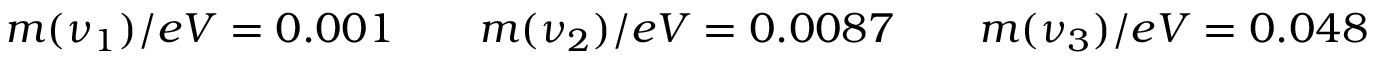
\begin{array} { r } { m ( \nu _ { 1 } ) / e V = 0 . 0 0 1 \qquad m ( \nu _ { 2 } ) / e V = 0 . 0 0 8 7 \qquad m ( \nu _ { 3 } ) / e V = 0 . 0 4 8 } \end{array}